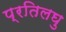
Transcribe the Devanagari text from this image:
प्रतिलघु